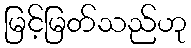
မြင့်မြတ်သည်ဟု